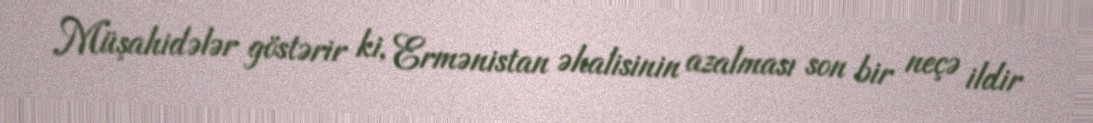
Müşahidələr göstərir ki, Ermənistan əhalisinin azalması son bir neçə ildir